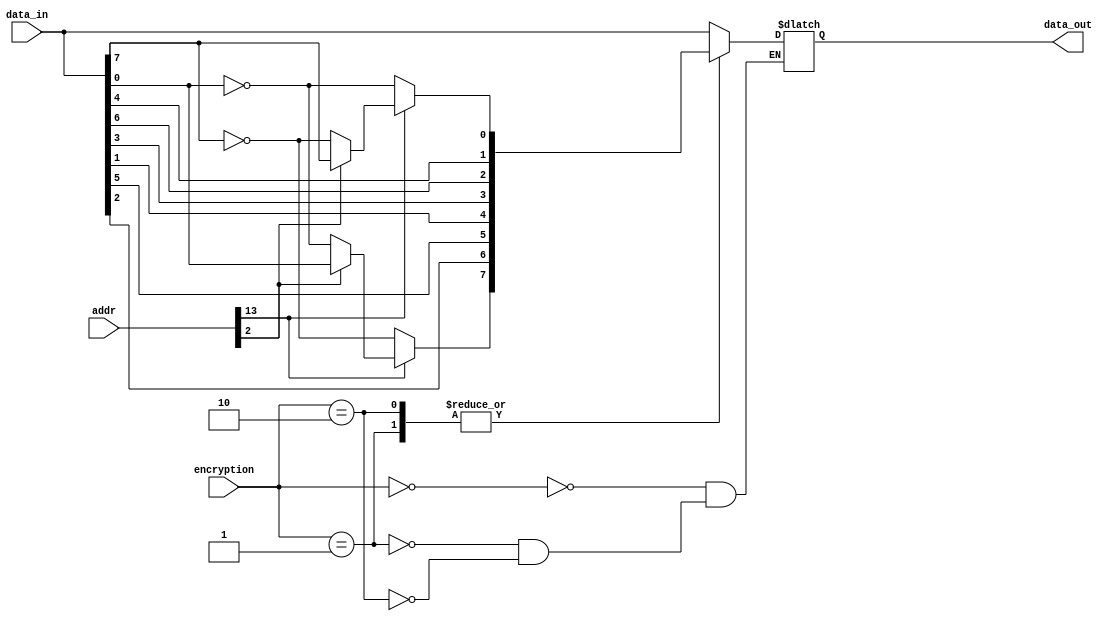

module decrypt(
  input  [7:0] encryption,
  input  [7:0] data_in,
  input  [15:0] addr,
  output reg [7:0] data_out
);

always @* begin

  case (encryption)
    8'd0: data_out = data_in;
    8'd1: data_out = {
      addr[13] ? (~addr[2] ? ~data_in[0] : data_in[0]) : ~data_in[7],
      data_in[2],
      data_in[5],
      data_in[1],
      data_in[3],
      data_in[6],
      data_in[4],
      addr[13] ? (~addr[2] ? ~data_in[7] : data_in[7]) : ~data_in[0]
    };
    8'd2: data_out = {
      addr[13] ? (~addr[2] ? ~data_in[0] : data_in[0]) : ~data_in[7],
      data_in[2],
      data_in[5],
      data_in[1],
      data_in[3],
      data_in[6],
      data_in[4],
      addr[13] ? (~addr[2] ? ~data_in[7] : data_in[7]) : ~data_in[0]
    };
  endcase

end

endmodule